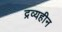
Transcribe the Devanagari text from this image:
द्रव्यहीन